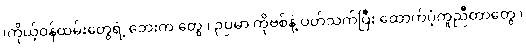
၊ကိုယ့်ဝန်ထမ်းတွေရဲ့ ဘေးက တွေ ၊ ဉပမာ ကိုဗစ်နဲ့ ပတ်သက်ပြီး ထောက်ပံ့ကူညီတာတွေ ၊